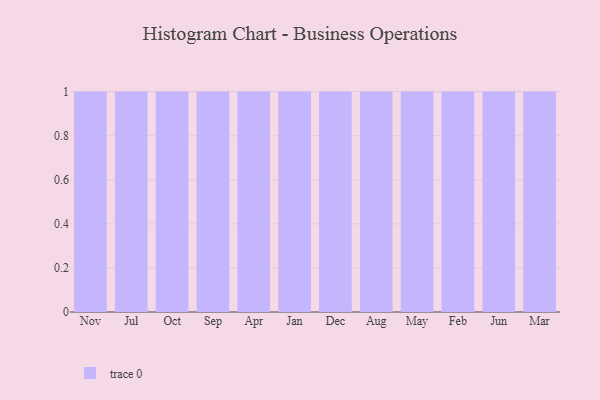
{"axis": {"x": "Month", "y": "Market Share (%)"}, "legend": [""], "data": [{"x": "Nov", "y": 59, "type": ""}, {"x": "Jul", "y": 77, "type": ""}, {"x": "Oct", "y": 46, "type": ""}, {"x": "Sep", "y": 69, "type": ""}, {"x": "Apr", "y": 97, "type": ""}, {"x": "Jan", "y": 71, "type": ""}, {"x": "Dec", "y": 66, "type": ""}, {"x": "Aug", "y": 57, "type": ""}, {"x": "May", "y": 97, "type": ""}, {"x": "Feb", "y": 74, "type": ""}, {"x": "Jun", "y": 44, "type": ""}, {"x": "Mar", "y": 46, "type": ""}]}